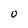
Character: 0